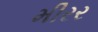
મીરર